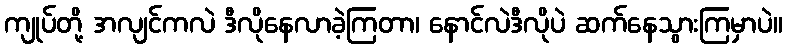
ကျုပ်တို့ အလျင်ကလဲ ဒီလိုနေလာခဲ့ကြတာ၊ နောင်လဲဒီလိုပဲ ဆက်နေသွားကြမှာပဲ။